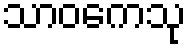
သာဝကေသု